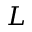
L